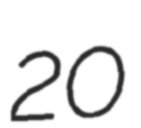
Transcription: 20